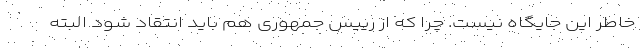
خاطر این جایگاه نیست. چرا که از رییس جمهوری هم باید انتقاد شود البته